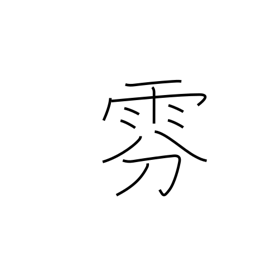
Meaning: fog